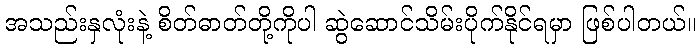
အသည်းနှလုံးနဲ့ စိတ်ဓာတ်တို့ကိုပါ ဆွဲဆောင်သိမ်းပိုက်နိုင်ရမှာ ဖြစ်ပါတယ်။